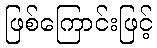
ဖြစ်ကြောင်းဖြင့်